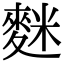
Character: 𪌬